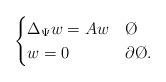
\begin{align*}\begin{cases} \Delta_{\Psi} w = A w & \O \\ w = 0 & \partial \O.\end{cases}\end{align*}